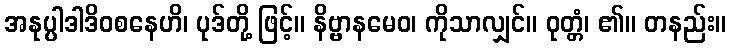
အနုပ္ပါဒါဒိဝစနေဟိ၊ ပုဒ်တို့ ဖြင့်။ နိဗ္ဗာနမေဝ၊ ကိုသာလျှင်။ ဝုတ္တံ၊ ၏။ တနည်း။